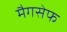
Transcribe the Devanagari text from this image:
मैगसेफ